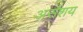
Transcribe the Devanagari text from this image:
असंशय